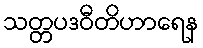
သတ္တပဒဝီတိဟာရေန